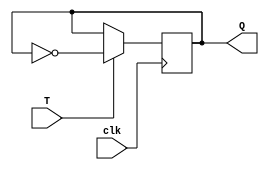
module TFF (
    input T,
    input clk,
    output reg Q
);

always @(posedge clk) begin
    if(T)
        Q <= ~Q;
end

endmodule